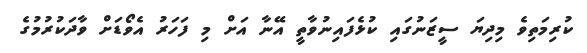
ކުރިމަތިވެ މިދިޔަ ސީޒަނުގައި ކުޅެފައިނުވާތީ އޭނާ އަށް މި ފަހަރު އެވޯޑަށް ވާދަކުރުމުގެ